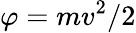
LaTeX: \varphi=mv^{2}/2